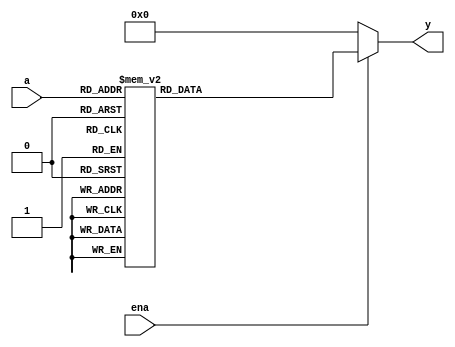


module decoder3e_test(a,ena,y);
  input [2:0] a;
  input ena;
  output [7:0] y; 

  


reg [7:0]y;
always@(a or ena)begin
  if(~ena) y=8'd0;
  else 
    case(a)
      3'b000: y<=8'd1;
      3'b001: y<=8'd2;
      3'b010: y<=8'd4;
      3'b011: y<=8'd8;
      3'b100: y<=8'd16;
      3'b101: y<=8'd32;
      3'b110: y<=8'd64;
      3'b111: y<=8'd128;
  endcase
end





endmodule